Scientific memoirs by medical officers of the Army of India - Part II,
Year: 1886
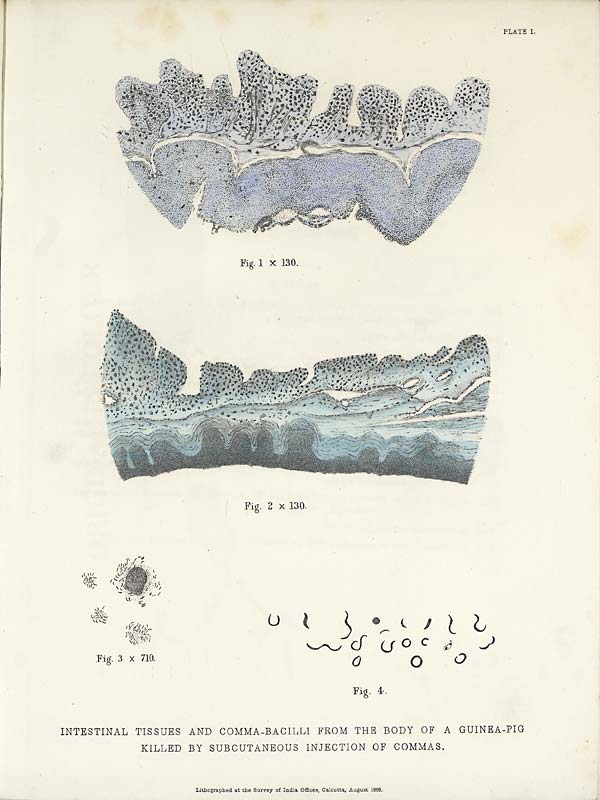
PLATE I.
INTESTINAL TISSUES AND COMMA-BACILLI FROM THE BODY OF A GUINEA-PIG
KILLED BY SUBCUTANEOUS INJECTION OF COMMAS.
Lithographed at the Survey of India Offices, Calcutta, August 1886.